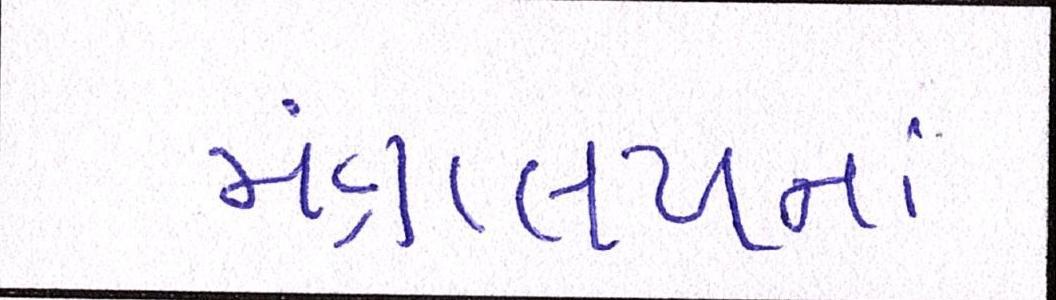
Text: મંત્રાલયનાં